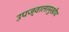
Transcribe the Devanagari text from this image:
उपज्वालामुखीय